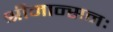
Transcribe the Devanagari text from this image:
श्रीमान्सनः